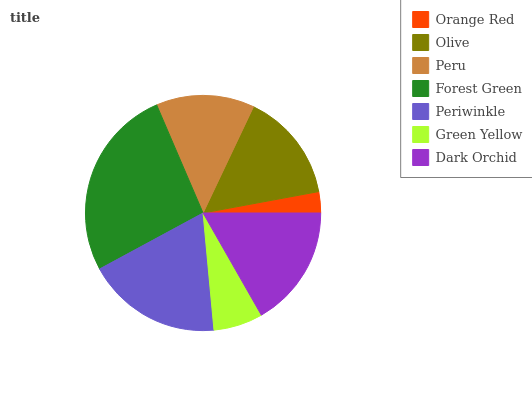
| Orange Red | Olive | Peru | Forest Green | Periwinkle | Green Yellow | Dark Orchid |
 | --- | --- | --- | --- | --- | --- | --- |
 | 2.91% | 15% | 13.5% | 26.4% | 18.6% | 6.78% | 16.7% |